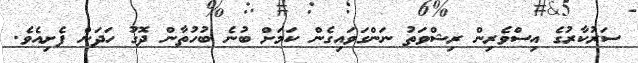
ސަރުކާރުގެ އިސްވެރިން ރިޝްވަތު ނަންގަވައިގެން ކަމަށް ބުނެ ބުހުތާން ދޮގު ހަދަން ފެށިއެވެ.